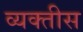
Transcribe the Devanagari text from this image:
व्‍यक्तीस